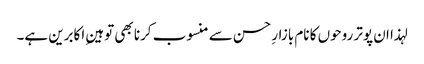
لہذا ان پوتر روحوں کا نام بازارِ حسن سے منسوب کرنا بھی توہینِ اکابرین ہے۔